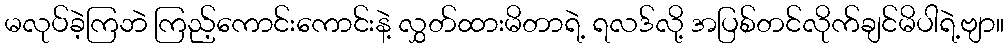
မလုပ်ခဲ့ကြဘဲ ကြည့်ကောင်းကောင်းနဲ့ လွှတ်ထားမိတာရဲ့ ရလဒ်လို့ အပြစ်တင်လိုက်ချင်မိပါရဲ့ဗျာ။